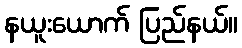
နယူးယောက် ပြည်နယ်။